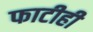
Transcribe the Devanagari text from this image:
फाटीही